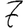
Digit: 7